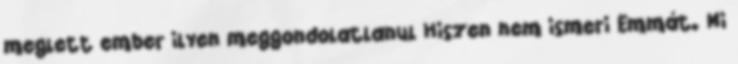
meglett ember ilyen meggondolatlanul Hiszen nem ismeri Emmát. Mi